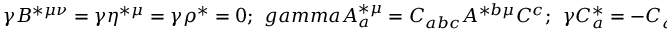
\gamma B ^ { * \mu \nu } = \gamma \eta ^ { * \mu } = \gamma \rho ^ { * } = 0 ; \ \, g a m m a A _ { a } ^ { * \mu } = C _ { a b c } A ^ { * b \mu } C ^ { c } ; \ \ \gamma C _ { a } ^ { * } = - C _ { a b c } C ^ { * b } C ^ { c } ;